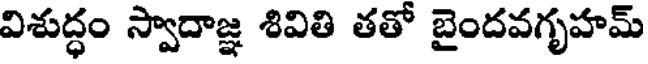
విశుద్ధం స్వాదాజ్ఞ శివితి తతో బైందవగృహమ్